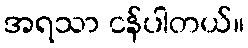
အရသာ ငန်ပါတယ်။